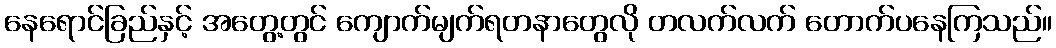
နေရောင်ခြည်နှင့် အတွေ့တွင် ကျောက်မျက်ရတနာတွေလို တလက်လက် တောက်ပနေကြသည်။